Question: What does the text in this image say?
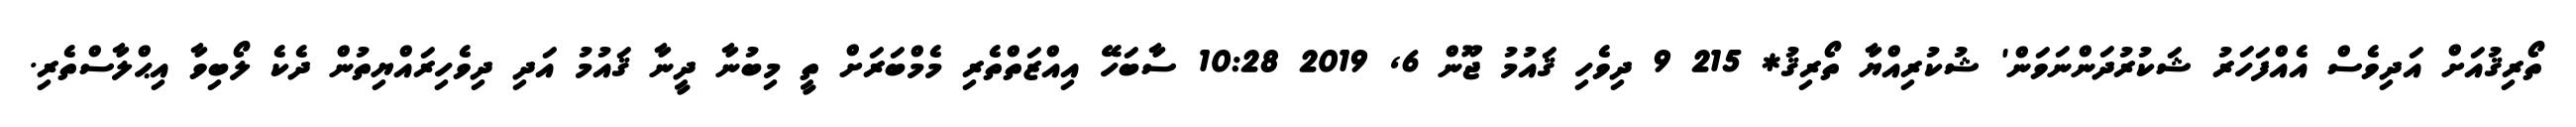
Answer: ތޯރިޤުއަށް އަދިވެސް އެއްފަހަރު ޝަކުރުދަންނަވަން' ޝުކުރިއްޔާ ތޯރިޤު* 215 9 ދިވެހި ޤައުމު ޖޫން 6, 2019 10:28 ސާބަހޭ އިއްޒަތްތެރި މެމްބަރަށް ތީ މިބުނާ ދީނާ ޤައުމު އަދި ދިވެހިރައްޔިތުން ދެކެ ލޯބިވާ އިޙްލާސްތެރި.